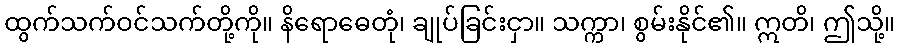
ထွက်သက်ဝင်သက်တို့ကို။ နိရောဓေတုံ၊ ချုပ်ခြင်းငှာ။ သက္ကာ၊ စွမ်းနိုင်၏။ ဣတိ၊ ဤသို့။